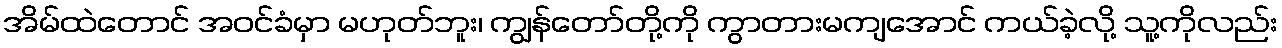
အိမ်ထဲတောင် အဝင်ခံမှာ မဟုတ်ဘူး၊ ကျွန်တော်တို့ကို ကွာတားမကျအောင် ကယ်ခဲ့လို့ သူ့ကိုလည်း